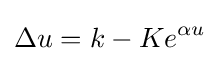
\Delta u=k-Ke^{\alpha u}